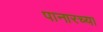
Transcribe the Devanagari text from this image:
पानारच्या